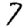
Digit: 7